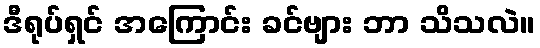
ဒီရုပ်ရှင် အကြောင်း ခင်ဗျား ဘာ သိသလဲ။